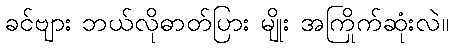
ခင်ဗျား ဘယ်လိုဓာတ်ပြား မျိုး အကြိုက်ဆုံးလဲ။